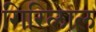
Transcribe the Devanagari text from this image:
गिरिलाल